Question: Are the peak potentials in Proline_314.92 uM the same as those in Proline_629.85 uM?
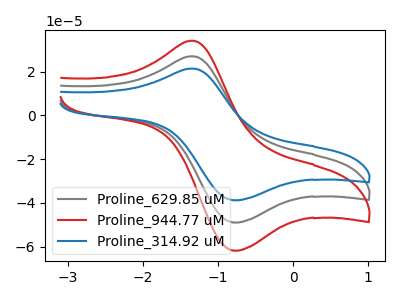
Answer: <think>The gray curve "Proline_629.85 uM" has an anodic peak at (-1.35V, 27.10uA) and a cathodic peak at (-0.75V, -48.95uA). The red curve "Proline_944.77 uM" has an anodic peak at (-1.35V, 54.25uA) and a cathodic peak at (-0.75V, -97.95uA). The blue curve "Proline_314.92 uM" has an anodic peak at (-1.35V, 21.45uA) and a cathodic peak at (-0.75V, -38.80uA).</think>
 <answer>Yes, "Proline_314.92 uM" have a peak in "Proline_629.85 uM" at the same potential.</answer>
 <eval>match</eval>